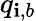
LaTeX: q_{\mathbf{i},b}